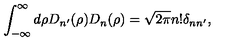
\int _ { - \infty } ^ { \infty } d \rho D _ { n ^ { \prime } } ( \rho ) D _ { n } ( \rho ) = \sqrt { 2 \pi } n ! \delta _ { n n ^ { \prime } } ,